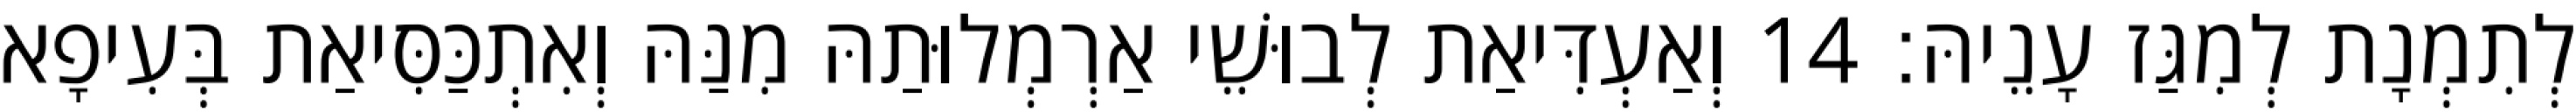
לְתִמְנָת לְמִגַּז עָנֵיהּ׃ 14 וְאַעְדִּיאַת לְבוּשֵׁי אַרְמְלוּתַהּ מִנַּהּ וְאִתְכַּסִּיאַת בְּעִיפָא